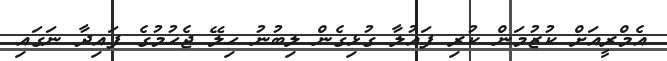
އެމްރީއަށް ކުޒުމަން ކުރި ފައުލާ ގުޅިގެން ލިބުނު ހިލޭ ޖެހުމުގެ ފައިދާ ނަގައި